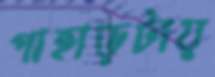
পাহাড়টায়